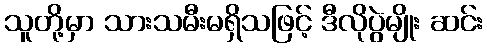
သူတို့မှာ သားသမီးမရှိသဖြင့် ဒီလိုပွဲမျိုး ဆင်း